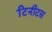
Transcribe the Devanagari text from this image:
टिनीटस